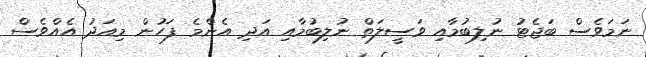
ނަމަވެސް ބަޖެޓު ނުލިބުމާއި ވަސީލަތް ނުލިބުމާއި އަދި އެންމެ ފަހުން މިއަދު އެއްވެސް